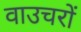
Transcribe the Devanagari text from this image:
वाउचरों